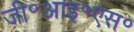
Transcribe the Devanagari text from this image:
जी॰आइ॰एस॰